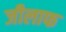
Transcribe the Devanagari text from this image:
जीलाफ